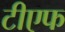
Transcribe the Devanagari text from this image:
टीएफ